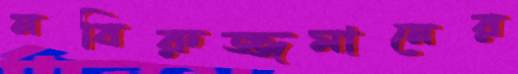
নবিরুজ্জমানের